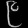
Digit: ၉